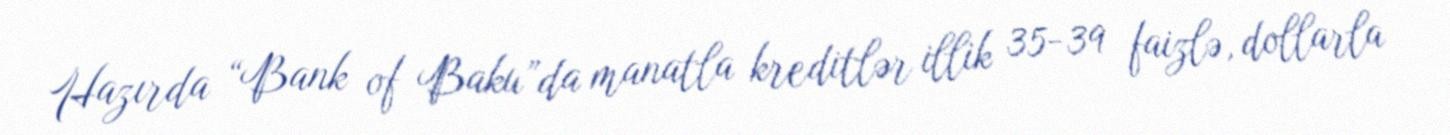
Hazırda “Bank of Baku”da manatla kreditlər illik 35-39 faizlə, dollarla